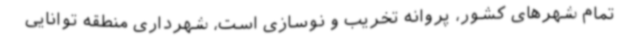
تمام شهرهای کشور، پروانه تخریب و نوسازی است، شهرداری منطقه توانایی